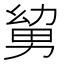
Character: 𭄹